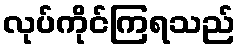
လုပ်ကိုင်ကြရသည်